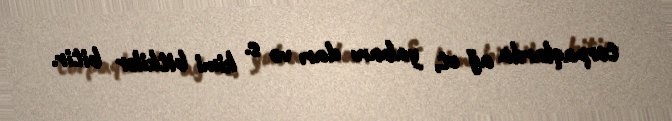
torpaqlarda ağ ot, yabanı darı və s. kimi bitkilər bitir.